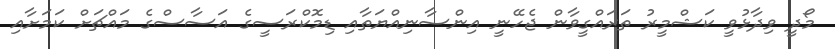
މޯދީ ވިދާޅުވީ ކަޝްމީރު ތަރައްގީވާން ޖެހޭނީ އިންސާނިއްޔަތާއި ޑިމޮކްރަސީގެ އަސާސްގެ މައްޗަށް ކަމަށާއި